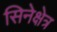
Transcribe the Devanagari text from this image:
सिनेक्षेत्र